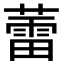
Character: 蕾